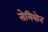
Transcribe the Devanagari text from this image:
सेमियोन